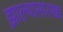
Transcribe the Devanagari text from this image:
झाल्यासारखा